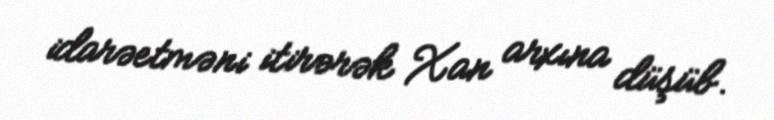
idarəetməni itirərək Xan arxına düşüb.